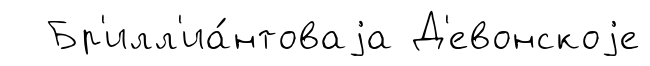
Бр'илл'иа́нтоваjа Д'евонскоjе